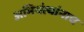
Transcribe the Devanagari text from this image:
अभियंत्यांनाच